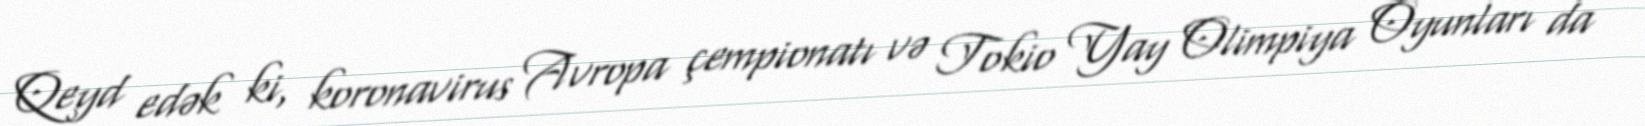
Qeyd edək ki, koronavirus Avropa çempionatı və Tokio Yay Olimpiya Oyunları da